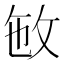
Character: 𢼏